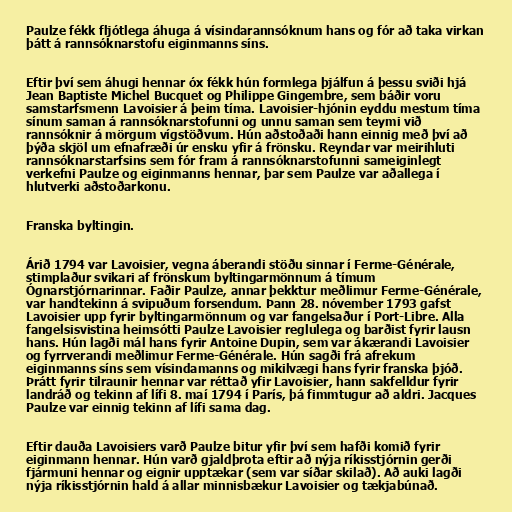
Paulze fékk fljótlega áhuga á vísindarannsóknum hans og fór að taka virkan
þátt á rannsóknarstofu eiginmanns síns.

Eftir því sem áhugi hennar óx fékk hún formlega þjálfun á þessu sviði hjá
Jean Baptiste Michel Bucquet og Philippe Gingembre, sem báðir voru
samstarfsmenn Lavoisier á þeim tíma. Lavoisier-hjónin eyddu mestum tíma
sínum saman á rannsóknarstofunni og unnu saman sem teymi við
rannsóknir á mörgum vígstöðvum. Hún aðstoðaði hann einnig með því að
þýða skjöl um efnafræði úr ensku yfir á frönsku. Reyndar var meirihluti
rannsóknarstarfsins sem fór fram á rannsóknarstofunni sameiginlegt
verkefni Paulze og eiginmanns hennar, þar sem Paulze var aðallega í
hlutverki aðstoðarkonu.

Franska byltingin.

Árið 1794 var Lavoisier, vegna áberandi stöðu sinnar í Ferme-Générale,
stimplaður svikari af frönskum byltingarmönnum á tímum
Ógnarstjórnarinnar. Faðir Paulze, annar þekktur meðlimur Ferme-Générale,
var handtekinn á svipuðum forsendum. Þann 28. nóvember 1793 gafst
Lavoisier upp fyrir byltingarmönnum og var fangelsaður í Port-Libre. Alla
fangelsisvistina heimsótti Paulze Lavoisier reglulega og barðist fyrir lausn
hans. Hún lagði mál hans fyrir Antoine Dupin, sem var ákærandi Lavoisier
og fyrrverandi meðlimur Ferme-Générale. Hún sagði frá afrekum
eiginmanns síns sem vísindamanns og mikilvægi hans fyrir franska þjóð.
Þrátt fyrir tilraunir hennar var réttað yfir Lavoisier, hann sakfelldur fyrir
landráð og tekinn af lífi 8. maí 1794 í París, þá fimmtugur að aldri. Jacques
Paulze var einnig tekinn af lífi sama dag.

Eftir dauða Lavoisiers varð Paulze bitur yfir því sem hafði komið fyrir
eiginmann hennar. Hún varð gjaldþrota eftir að nýja ríkisstjórnin gerði
fjármuni hennar og eignir upptækar (sem var síðar skilað). Að auki lagði
nýja ríkisstjórnin hald á allar minnisbækur Lavoisier og tækjabúnað.